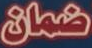
ضمان